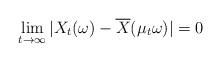
LaTeX: \begin{align*} \lim_{t \to \infty} |X_t(\omega) - \overline X(\mu_t \omega)| = 0 \end{align*}